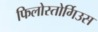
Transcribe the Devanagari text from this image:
फिलोस्तोर्गिउस